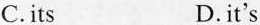
C.its D.it's